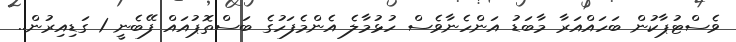
ވެސްޓުޕާކުން ބަހައްއަރާ މާބަޑު އަންހެނާވެސް ހުޅުމާލެ އެންމެފަހުގެ ބަސްތޮޕުއައް ފޭބެނީ 1 ގަޑިއިރުން..